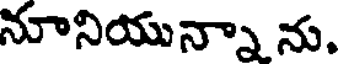
నూనియున్నా ను.